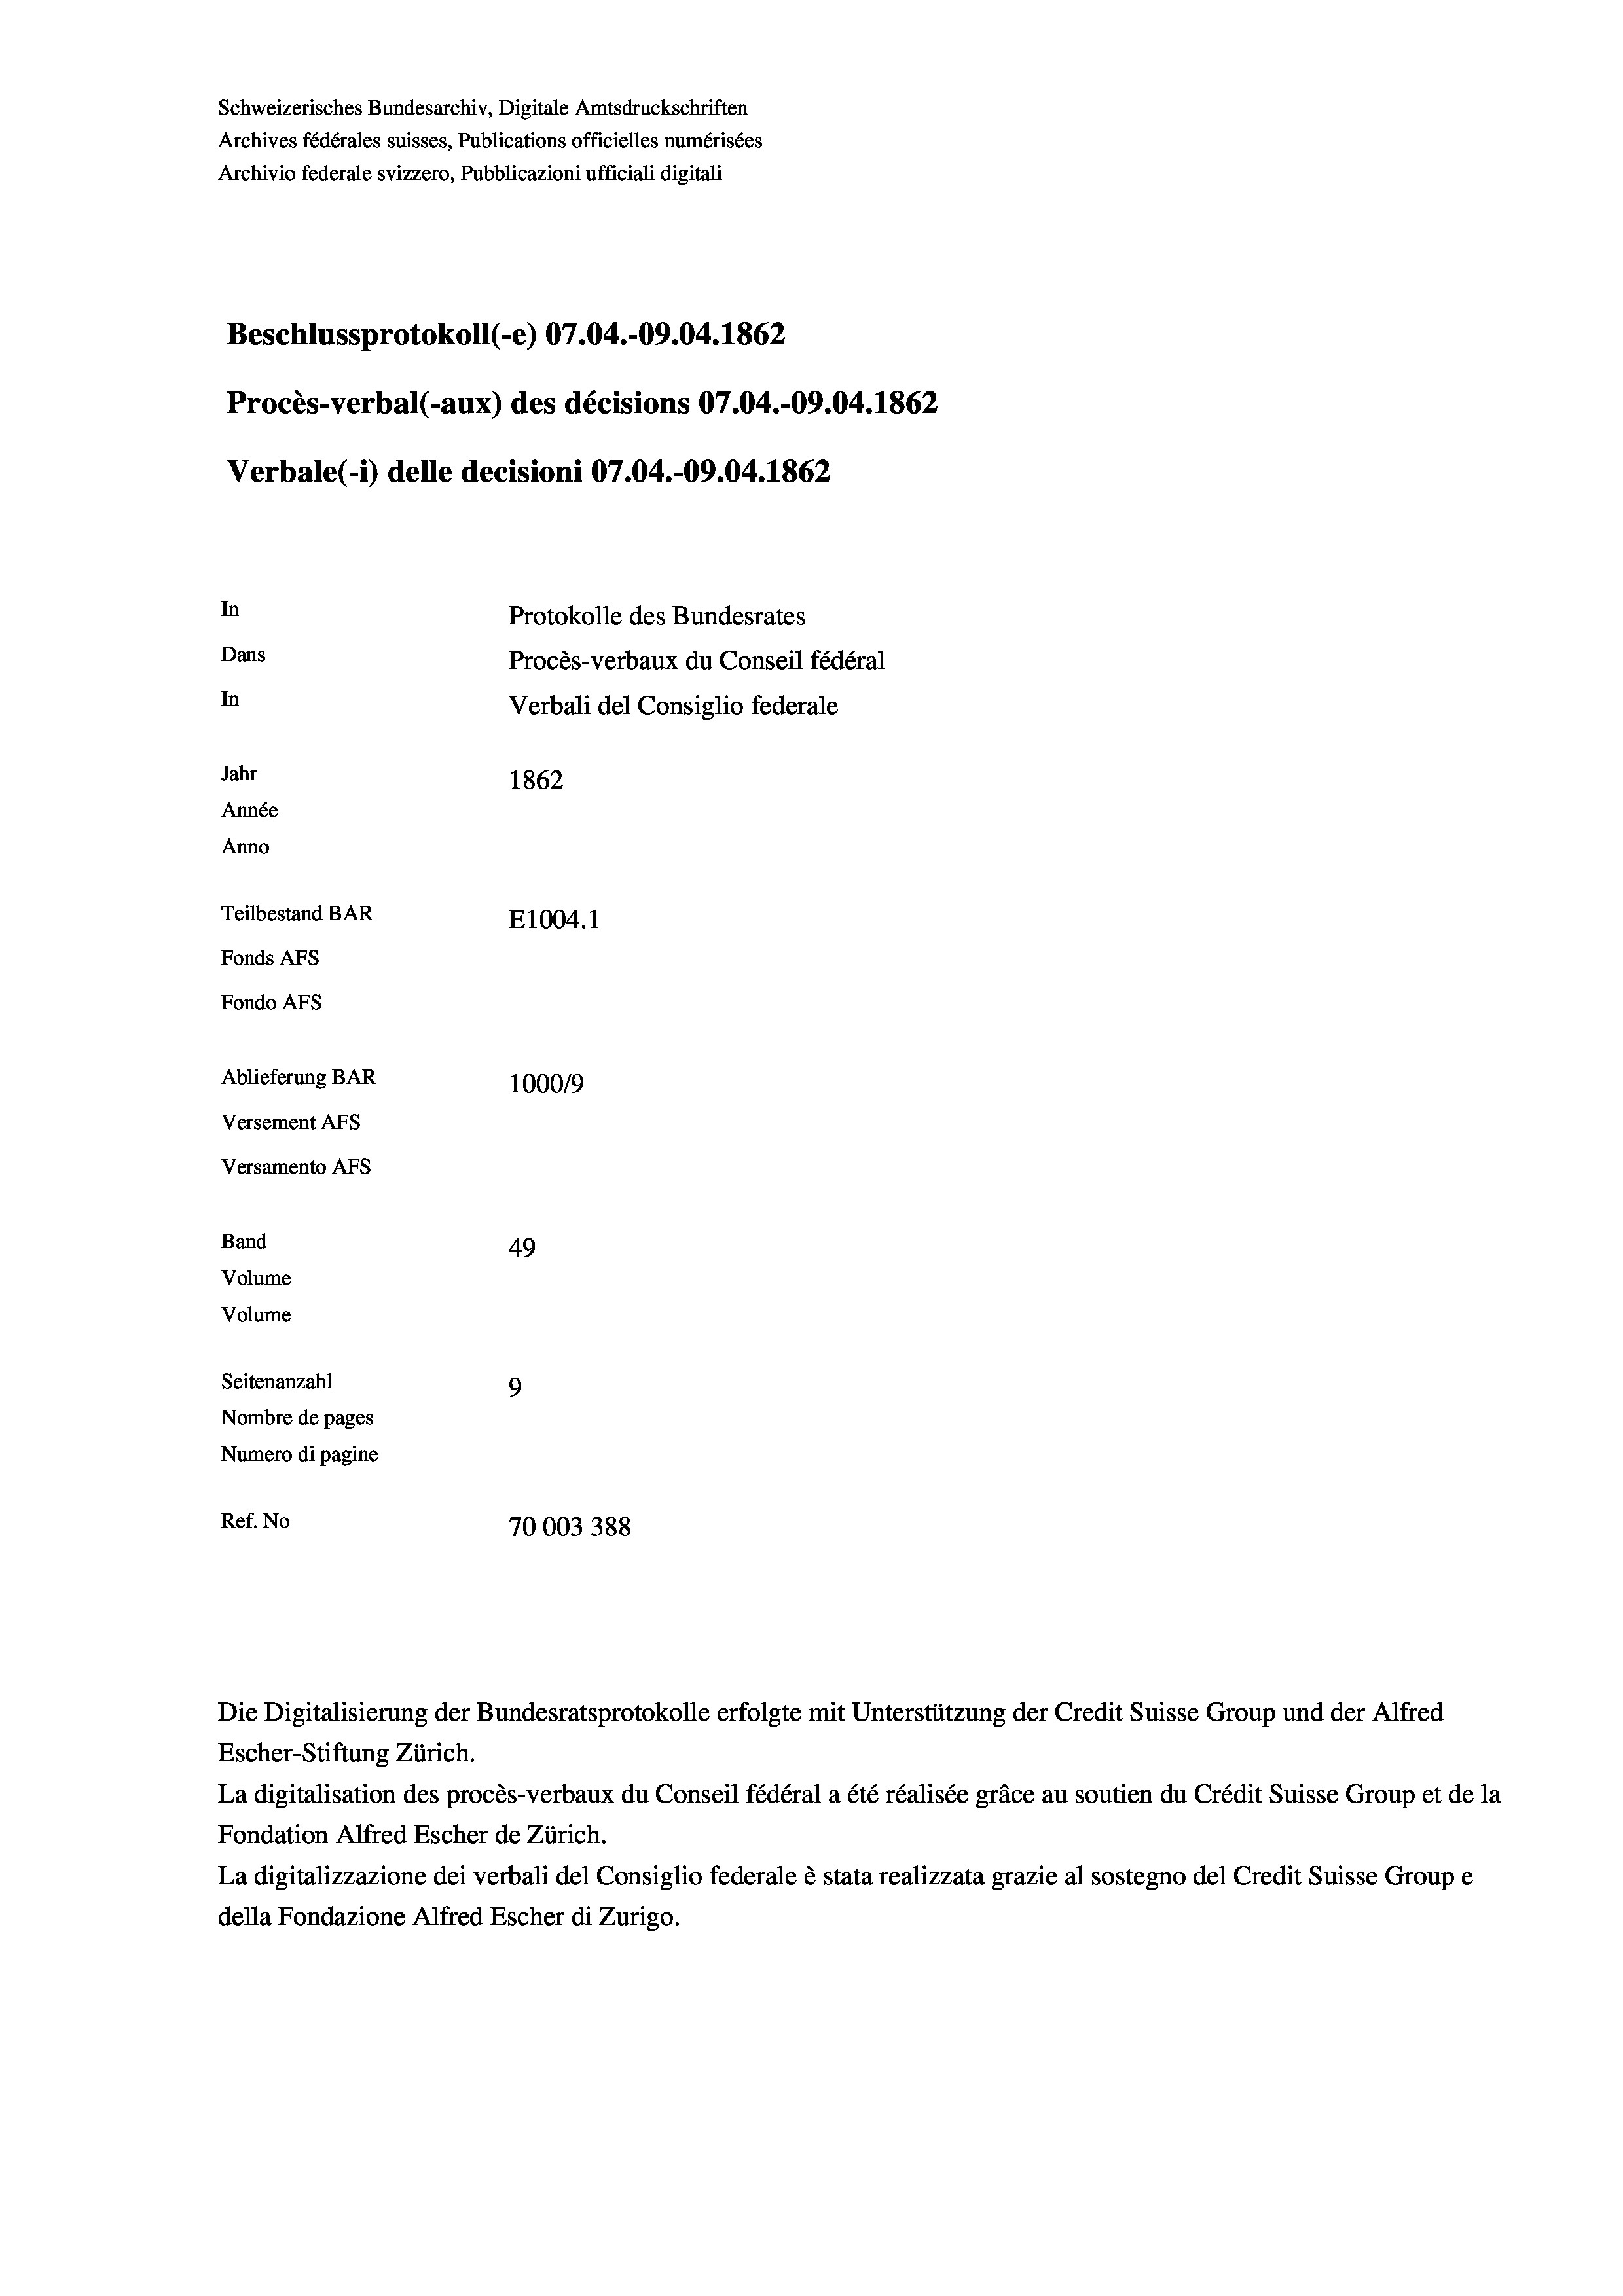
Schweizerisches Bundesarchiv, Digitale Amtsdruckschriften
Archives fédérales suisses, Publications officielles numérisées
Archivio federale svizzero, Pubblicazioni ufficiali digitali
Beschlussprotokoll (-e) 07.04.-09.04. 1862
Procès-verbal (-aux) des décisions 07.04.-09.04. 1862
Verbale(-*) delle decisioni 07.04.-09.04. 1862
In
Protokolle des Bundesrates
Dans
Procès-verbaux du Conseil fédéral
In
Verbali del Consiglio federale
Jahr
1862
Année
Anno
Teilbestand BAR
E1004. 1
Fonds AFs
Fondo Afs
Ablieferung BAR
100019
Versement AFs
Versamento AFs
Band
49
Volume
Volume
Seitenanzahl
9
Nombre de pages
Numero di pagine
Ref. No
70003388

Escher-Stiftung Zürich.
La digitalisation des procès-verbaux du Conseil fédéral a été réalisée gräce au soutien du Crédit Suisse Group et de la
Fondation Alfred Escher de Zürich.
La digitalizzazione dei verbali del Consiglio federale è stata realizzata grazie al sostegno del Credit Suisse Groupe
della Fondazione Alfred Escher di Zurigo.

Die Digitalisierung der Bundesratsprotokolle erfolgte mit Unterstützung der Credit Suisse Group und der Alfred